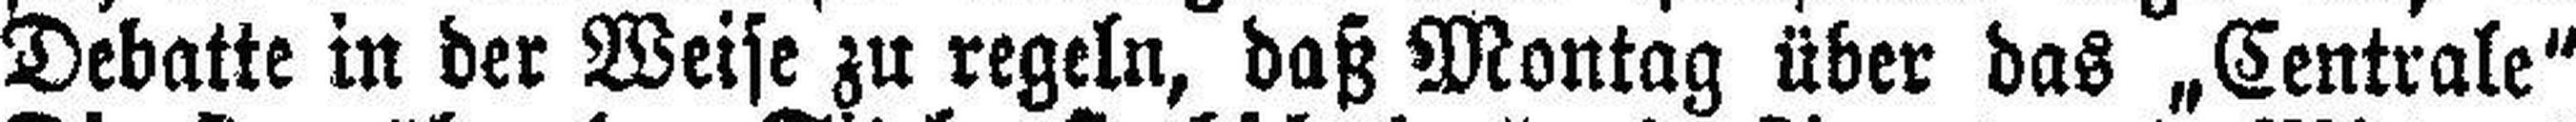
Debatte in der Weise zu regeln, daß Montag über das „Centrale“